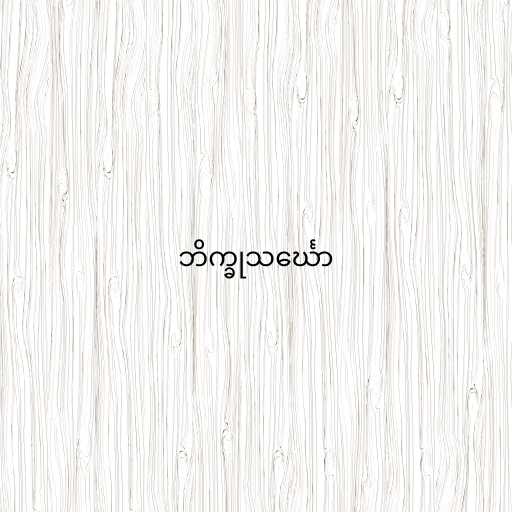
ဘိက္ခုသင်္ဃော